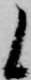
候